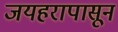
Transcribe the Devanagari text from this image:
जयहरापासून